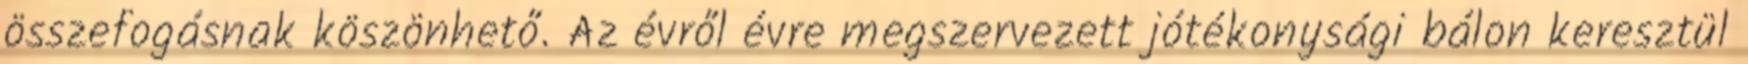
összefogásnak köszönhető. Az évről évre megszervezett jótékonysági bálon keresztül